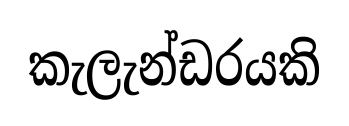
කැලැන්ඩරයකි